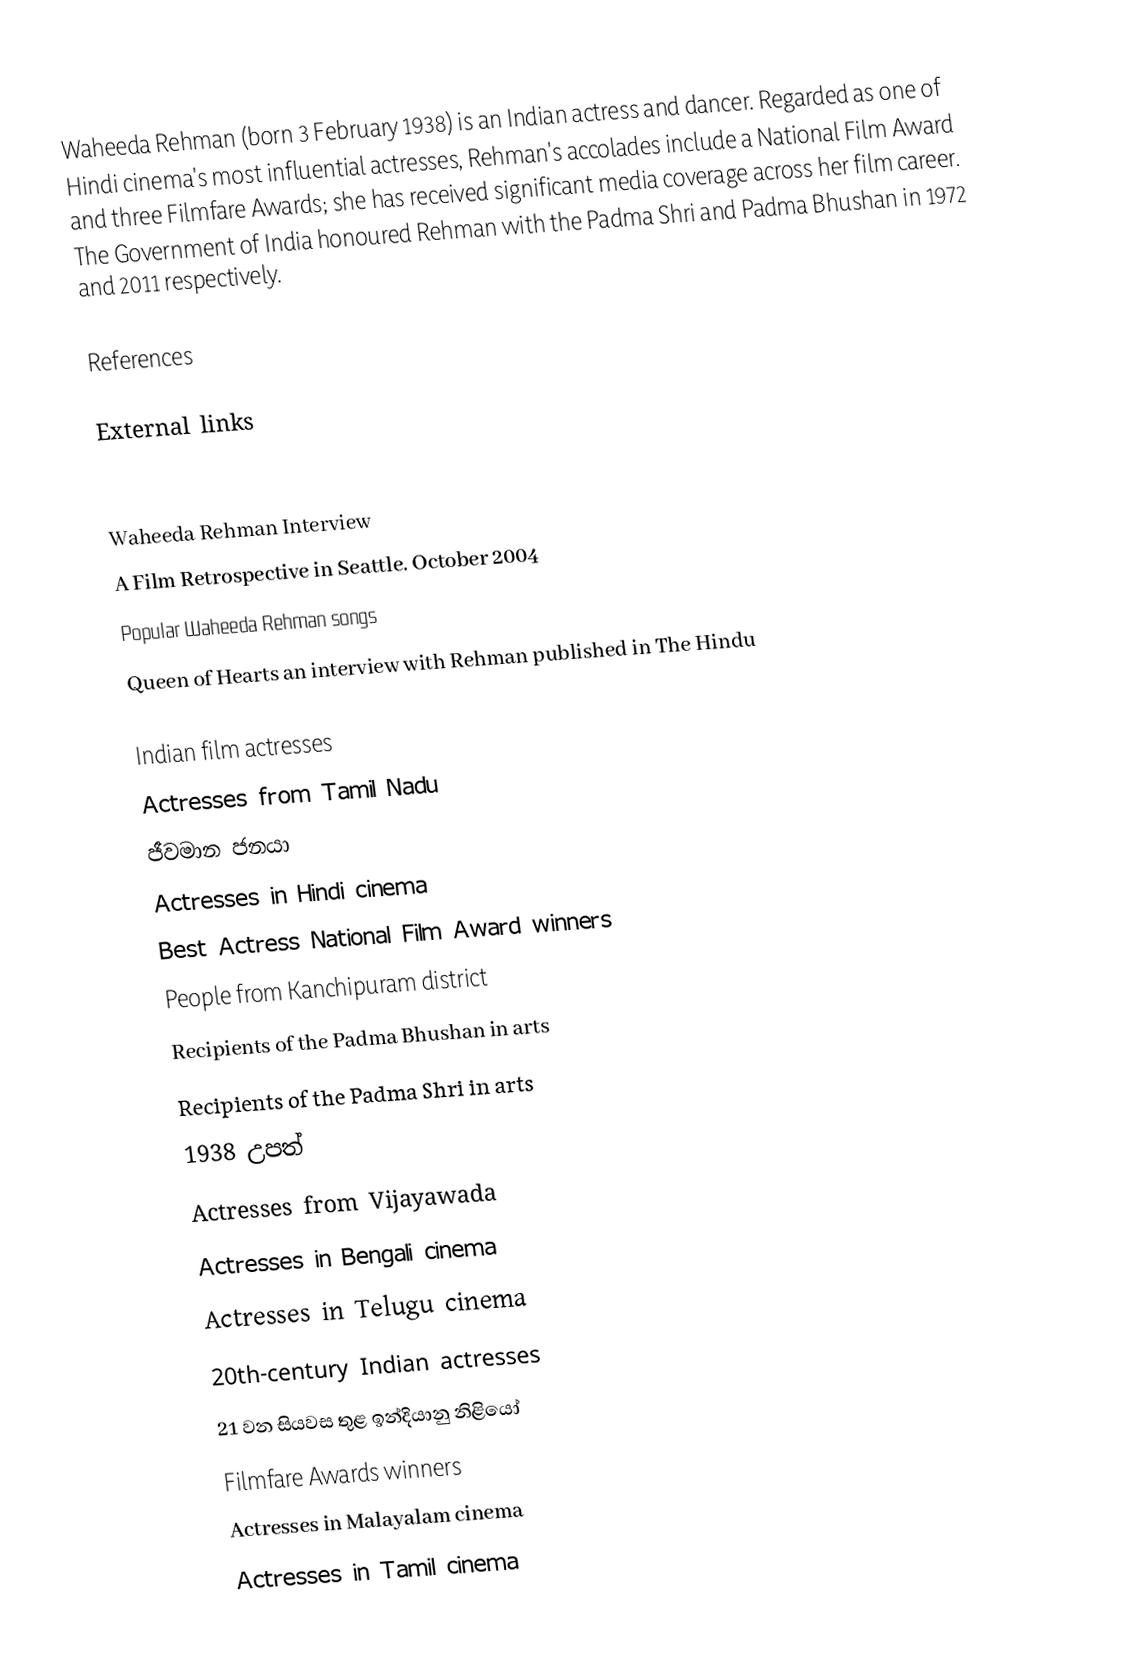
Waheeda Rehman (born 3 February 1938) is an Indian actress and dancer. Regarded as one of Hindi cinema's most influential actresses, Rehman's accolades include a National Film Award and three Filmfare Awards; she has received significant media coverage across her film career.  The Government of India honoured Rehman with the Padma Shri and Padma Bhushan in 1972 and 2011 respectively.

References

External links

 Waheeda Rehman Interview
A Film Retrospective in Seattle. October 2004
 Popular Waheeda Rehman songs
 Queen of Hearts an interview with Rehman published in The Hindu

Indian film actresses
Actresses from Tamil Nadu
ජීවමාන ජනයා
Actresses in Hindi cinema
Best Actress National Film Award winners
People from Kanchipuram district
Recipients of the Padma Bhushan in arts
Recipients of the Padma Shri in arts
1938 උපත්
Actresses from Vijayawada
Actresses in Bengali cinema
Actresses in Telugu cinema
20th-century Indian actresses
21 වන සියවස තුළ ඉන්දියානු නිළියෝ
Filmfare Awards winners
Actresses in Malayalam cinema
Actresses in Tamil cinema